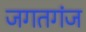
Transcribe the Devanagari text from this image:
जगतगंज